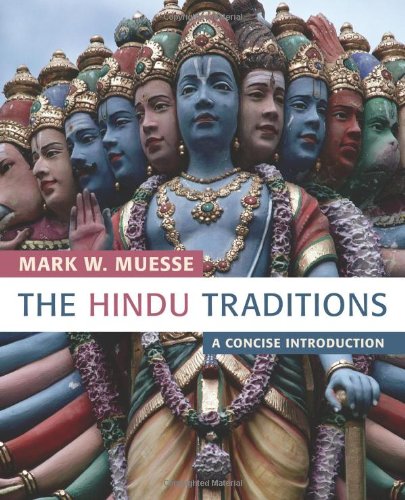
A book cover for The Hindu Traditions: A Concise Introduction; Mark W. Muesse; Religion & Spirituality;